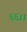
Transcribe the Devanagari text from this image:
६६।।